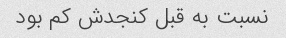
نسبت به قبل کنجدش کم بود